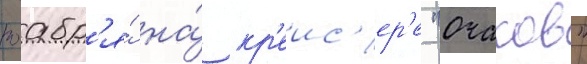
ноабр'я́ на́ кр'еис'ер'е "очаков"